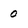
Character: 0